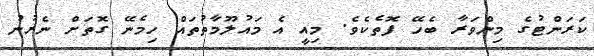
ކަރަންޓުގެ މިންވަރާ ބެހޭ ފޮތެކެވެ. މިއީ އެ މައުލޫމާތުތައް ހިމެނޭ ގޮތަށް ނެރުނު